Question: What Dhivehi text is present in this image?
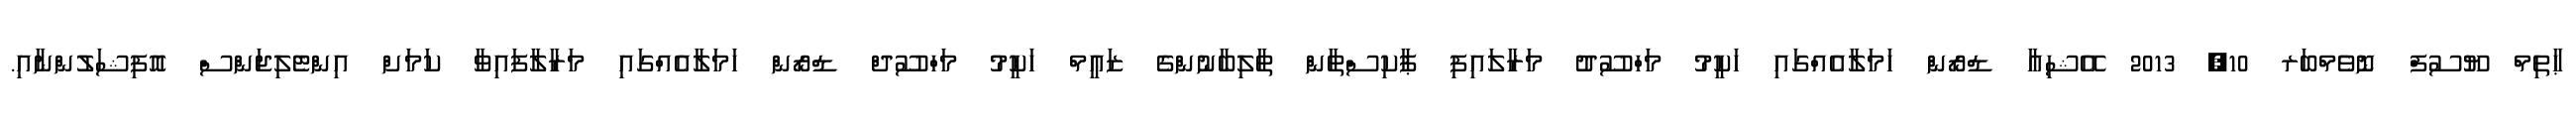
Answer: ޙާތިމް ޔޫސުފް ނޮވެމްބަރ 10, 2013 އޭޝިއާ ޑްރޯން ހަމަލާއެއްގައި ހަކީމު މަހްސޫދު މަރާލައިފި ޕާކިސްތާން ތާލިބާނުންގެ ޒަޢީމް ހަކީމު މަހްސޫދް ޑްރޯން ހަމަލާއެއްގައި މަރާލާފައިވާ ކަމަށް އިންޓެލިޖަންސް އޮފިޝަލުންނާއި.